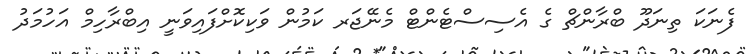
ފެނަކަ ތިނަދޫ ބްރާންޗް ގެ އެސިސްޓެންޓް މެނޭޖަރ ކަމުން ވަކިކޮށްފައިވަނީ އިބްރާހިމް އަހުމަދު